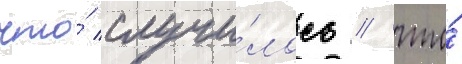
что́ случи́лось / что́